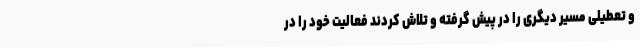
و تعطیلی مسیر دیگری را در پیش گرفته و تلاش کردند فعالیت خود را در